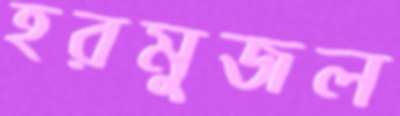
হরমুজল